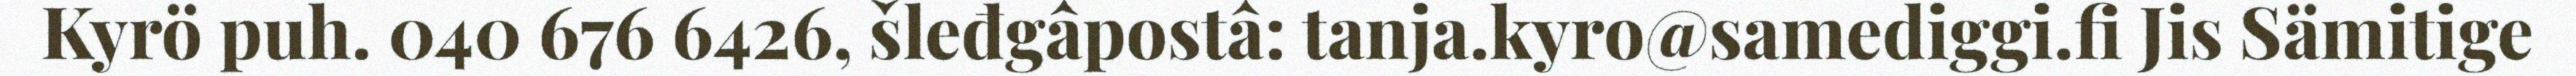
Kyrö puh. 040 676 6426, šleđgâpostâ: tanja.kyro@samediggi.fi Jis Sämitige